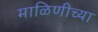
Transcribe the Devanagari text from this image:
माळिणीच्या